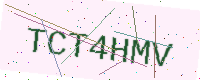
Text: TCT4HMV